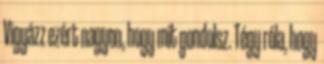
Vigyázz ezért nagyon, hogy mit gondolsz. Tégy róla, hogy